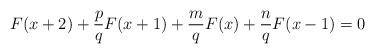
LaTeX: \begin{align*}F(x+2)+\frac{p}{q}F(x+1)+\frac{m}{q}F(x)+\frac{n}{q}F(x-1)=0\end{align*}